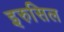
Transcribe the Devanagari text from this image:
इरुसिल